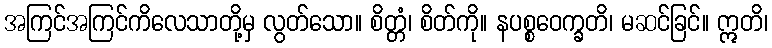
အကြင်အကြင်ကိလေသာတို့မှ လွတ်သော။ စိတ္တံ၊ စိတ်ကို။ နပစ္စဝေက္ခတိ၊ မဆင်ခြင်။ ဣတိ၊